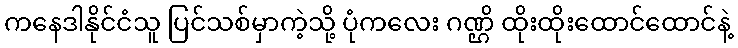
ကနေဒါနိုင်ငံသူ ပြင်သစ်မှာကဲ့သို့ ပုံကလေး ဂဏ္ဌိ ထိုးထိုးထောင်ထောင်နဲ့